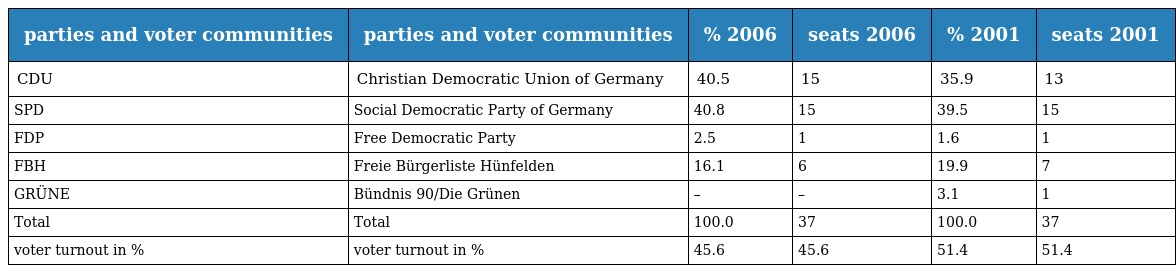
| parties and voter communities | parties and voter communities | % 2006 | seats 2006 | % 2001 | seats 2001 |
 | --- | --- | --- | --- | --- | --- |
 | CDU | Christian Democratic Union of Germany | 40.5 | 15 | 35.9 | 13 |
 | SPD | Social Democratic Party of Germany | 40.8 | 15 | 39.5 | 15 |
 | FDP | Free Democratic Party | 2.5 | 1 | 1.6 | 1 |
 | FBH | Freie Bürgerliste Hünfelden | 16.1 | 6 | 19.9 | 7 |
 | GRÜNE | Bündnis 90/Die Grünen | – | – | 3.1 | 1 |
 | Total | Total | 100.0 | 37 | 100.0 | 37 |
 | voter turnout in % | voter turnout in % | 45.6 | 45.6 | 51.4 | 51.4 |